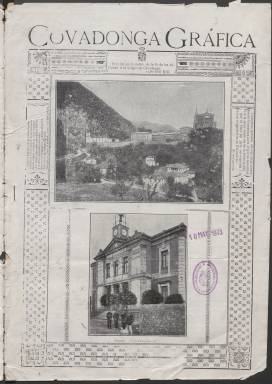
Título: Covadonga gráfica
Colección: Revistas de información general
Ámbito geográfico: Asturias
Lugar de publicación: Cangas de Onis [Asturias]
Fechas: 01/11/1914-01/02/1915